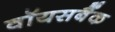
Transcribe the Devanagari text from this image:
वॉयसबैंक